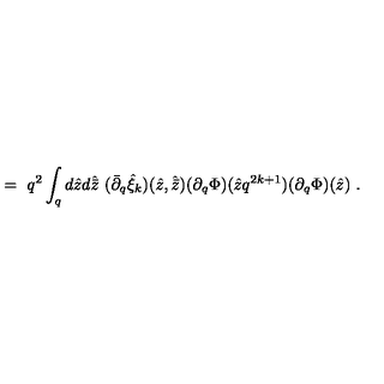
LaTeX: \ = \ q ^ { 2 } \int _ { q } d { \hat { z } } d { \hat { \bar { z } } } \ ( { \bar { \partial } } _ { q } { \hat { \xi } } _ { k } ) ( { \hat { z } } , { \hat { \bar { z } } } ) ( \partial _ { q } \Phi ) ( { \hat { z } } q ^ { 2 k + 1 } ) ( \partial _ { q } \Phi ) ( { \hat { z } } ) \ .